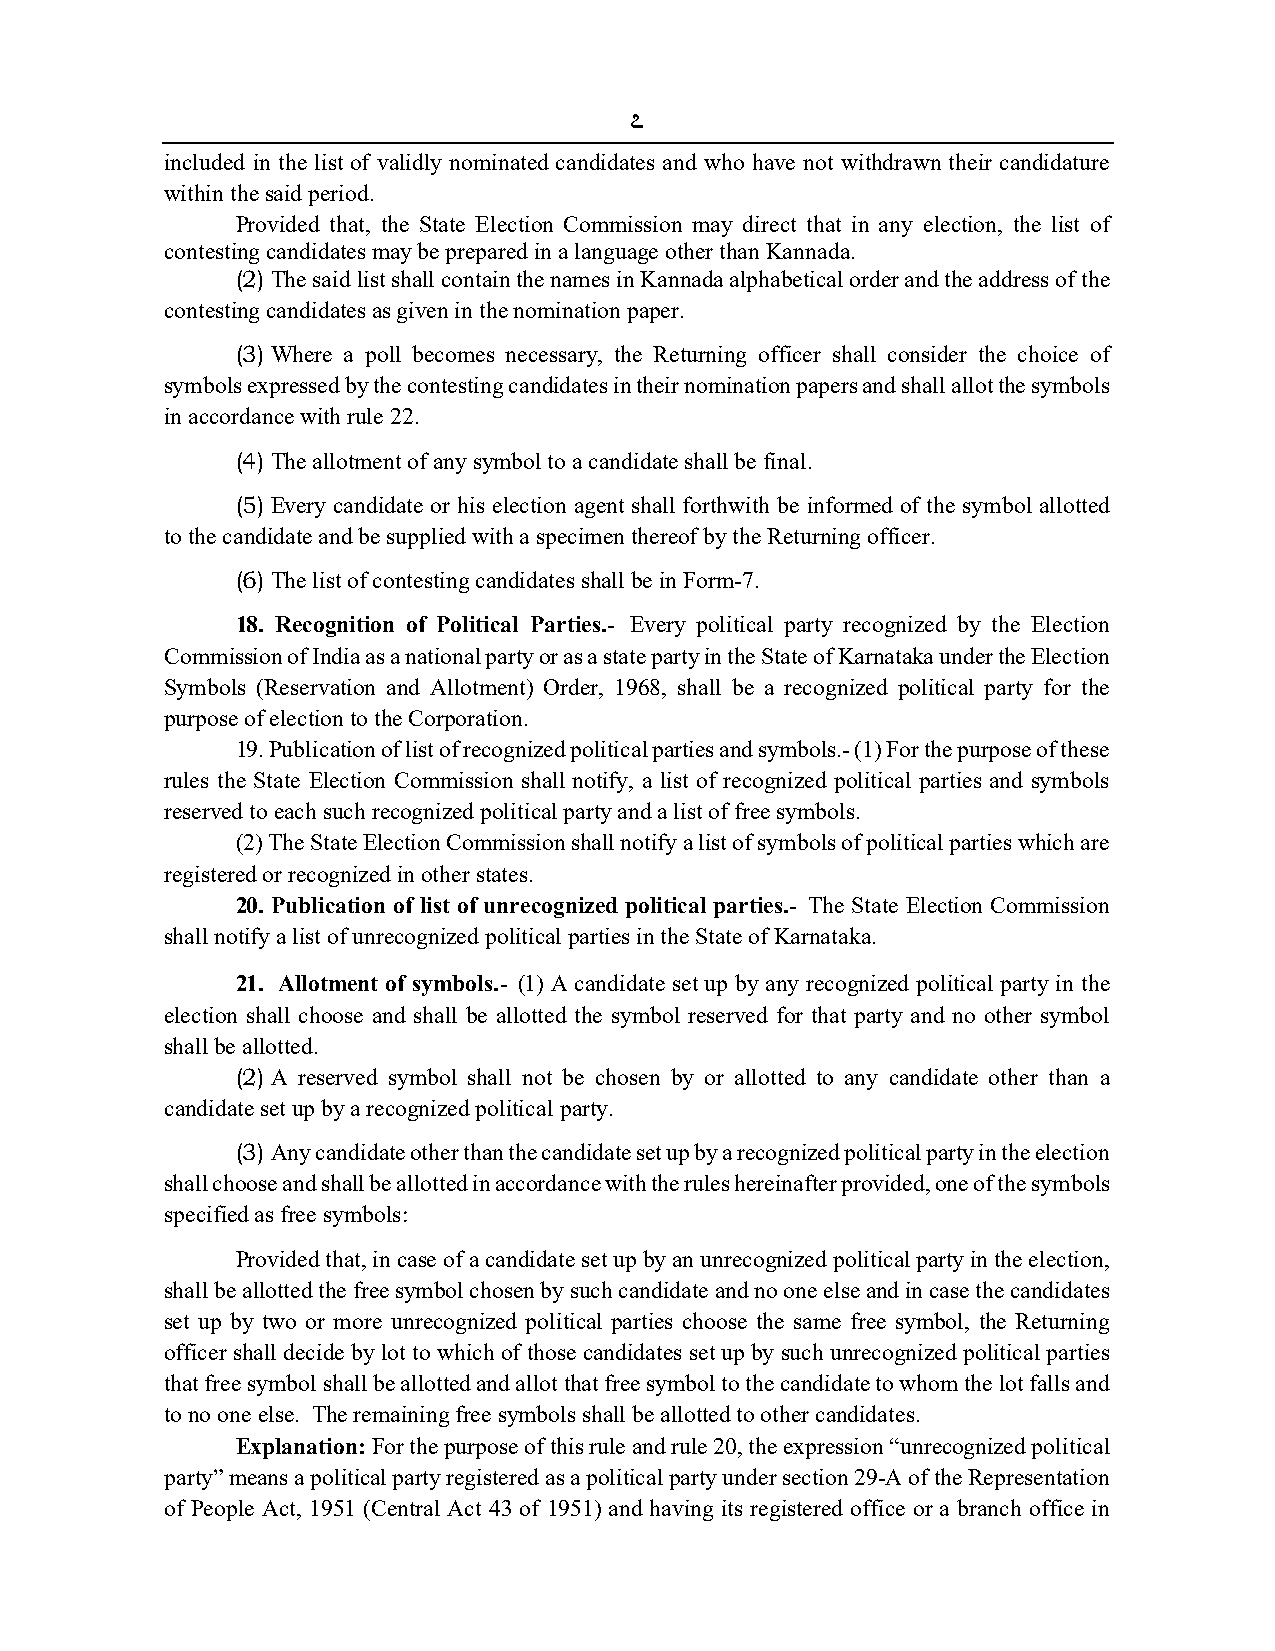
7
 included in the list of validly nominated candidates and who have not withdrawn their candidature
 within the said period.
 Provided that, the State Election Commission may direct that in any election, the list of
 contesting candidates may be prepared in a language other than Kannada.
 (2) The said list shall contain the names in Kannada alphabetical order and the address of the
 contesting candidates as given in the nomination paper.
 (3) Where a poll becomes necessary, the Returning officer shall consider the choice of
 symbols expressed by the contesting candidates in their nomination papers and shall allot the symbols
 in accordance with rule 22.
 (4) The allotment of any symbol to a candidate shall be final.
 (5) Every candidate or his election agent shall forthwith be informed of the symbol allotted
 to the candidate and be supplied with a specimen thereof by the Returning officer.
 (6) The list of contesting candidates shall be in Form-7.
 18. Recognition of Political Parties.- Every political party recognized by the Election
 Commission of India as a national party or as a state party in the State of Karnataka under the Election
 Symbols (Reservation and Allotment) Order, 1968, shall be a recognized political party for the
 purpose of election to the Corporation.
 19. Publication of list of recognized political parties and symbols.- (1) For the purpose of these
 rules the State Election Commission shall notify, a list of recognized political parties and symbols
 reserved to each such recognized political party and a list of free symbols.
 (2) The State Election Commission shall notify a list of symbols of political parties which are
 registered or recognized in other states.
 20. Publication of list of unrecognized political parties.- The State Election Commission
 shall notify a list of unrecognized political parties in the State of Karnataka.
 21. Allotment of symbols.- (1) A candidate set up by any recognized political party in the
 election shall choose and shall be allotted the symbol reserved for that party and no other symbol
 shall be allotted.
 (2) A reserved symbol shall not be chosen by or allotted to any candidate other than a
 candidate set up by a recognized political party.
 (3) Any candidate other than the candidate set up by a recognized political party in the election
 shall choose and shall be allotted in accordance with the rules hereinafter provided, one of the symbols
 specified as free symbols:
 Provided that, in case of a candidate set up by an unrecognized political party in the election,
 shall be allotted the free symbol chosen by such candidate and no one else and in case the candidates
 set up by two or more unrecognized political parties choose the same free symbol, the Returning
 officer shall decide by lot to which of those candidates set up by such unrecognized political parties
 that free symbol shall be allotted and allot that free symbol to the candidate to whom the lot falls and
 to no one else. The remaining free symbols shall be allotted to other candidates.
 Explanation: For the purpose of this rule and rule 20, the expression “unrecognized political
 party” means a political party registered as a political party under section 29-A of the Representation
 of People Act, 1951 (Central Act 43 of 1951) and having its registered office or a branch office in